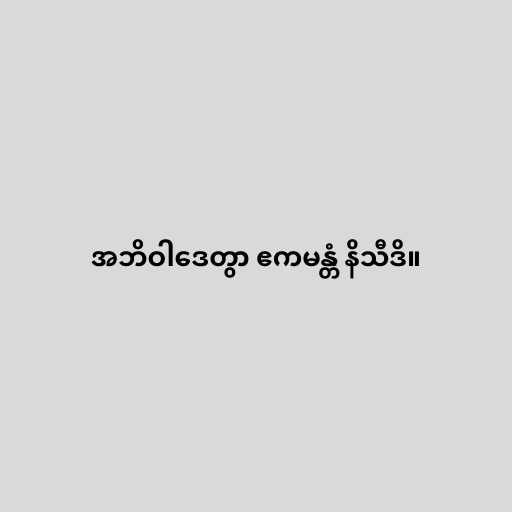
အဘိဝါဒေတွာ ဧကမန္တံ နိသီဒိ။